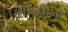
તમિલોના